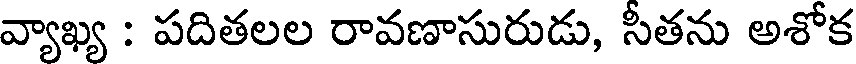
వ్యాఖ్య : పదితలల రావణాసురుడు, సీతను అశోక